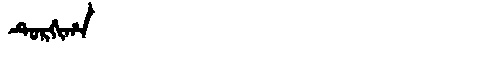
Manchu: ᡨᡠᡵᡤᡳᡥᠠ
Romanization: TURGIHA